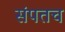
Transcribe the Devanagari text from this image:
संपतच